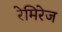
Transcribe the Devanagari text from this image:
रेमिरेज